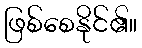
ဖြစ်စေနိုင်၏။